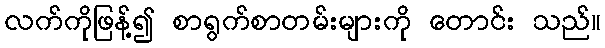
လက်ကိုဖြန့်၍ စာရွက်စာတမ်းများကို တောင်း သည်။